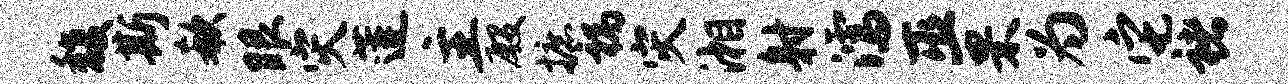
馥斯欷眼灾莲主殷摭祸灾湘射濡巫罘为它褚